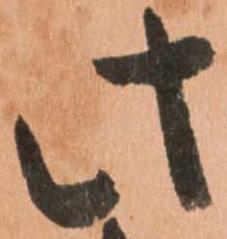
此